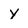
Character: Y